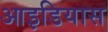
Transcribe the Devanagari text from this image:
आइडियास